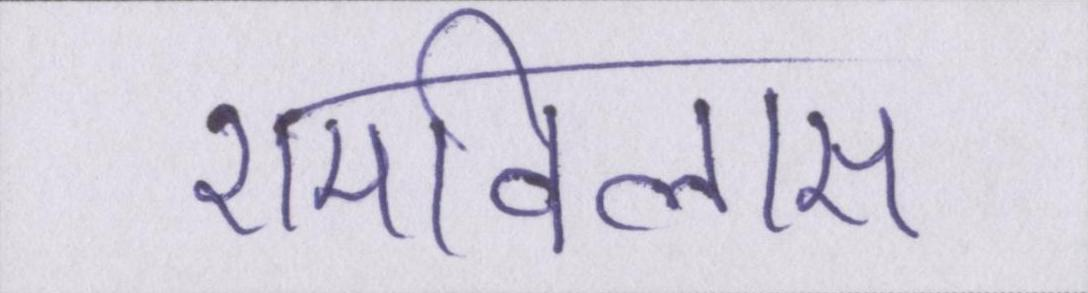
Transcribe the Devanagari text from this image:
रामविलास